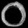
Digit: ၀